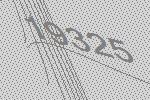
19325